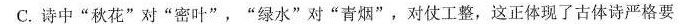
C. 诗中”秋花”对”密叶”，”绿水”对”青烟”，对仗工整，这正体现了古体诗严格要